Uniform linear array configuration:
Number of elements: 32
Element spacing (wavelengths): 0.75
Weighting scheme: uniform
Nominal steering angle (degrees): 45
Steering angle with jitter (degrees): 45.957
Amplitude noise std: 0.05
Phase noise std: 0.05

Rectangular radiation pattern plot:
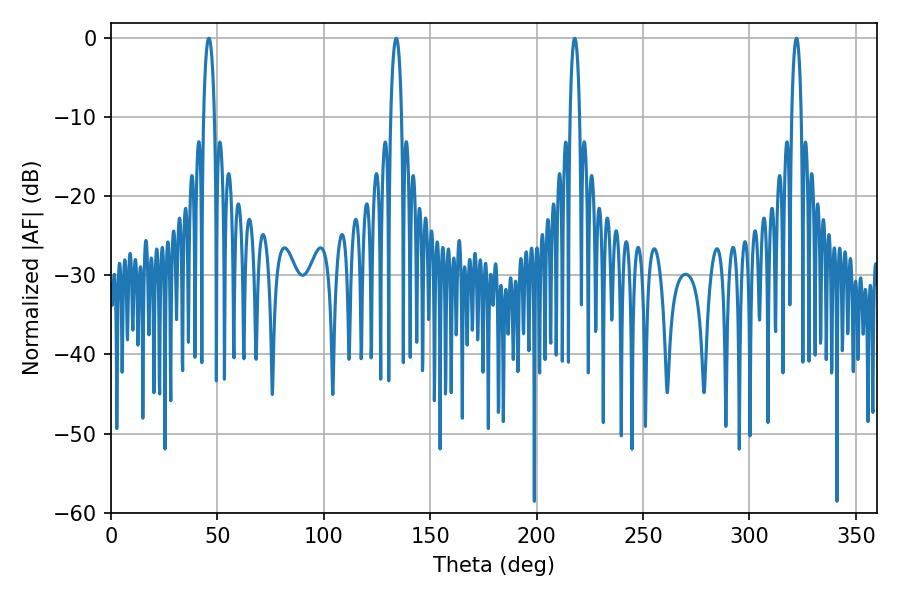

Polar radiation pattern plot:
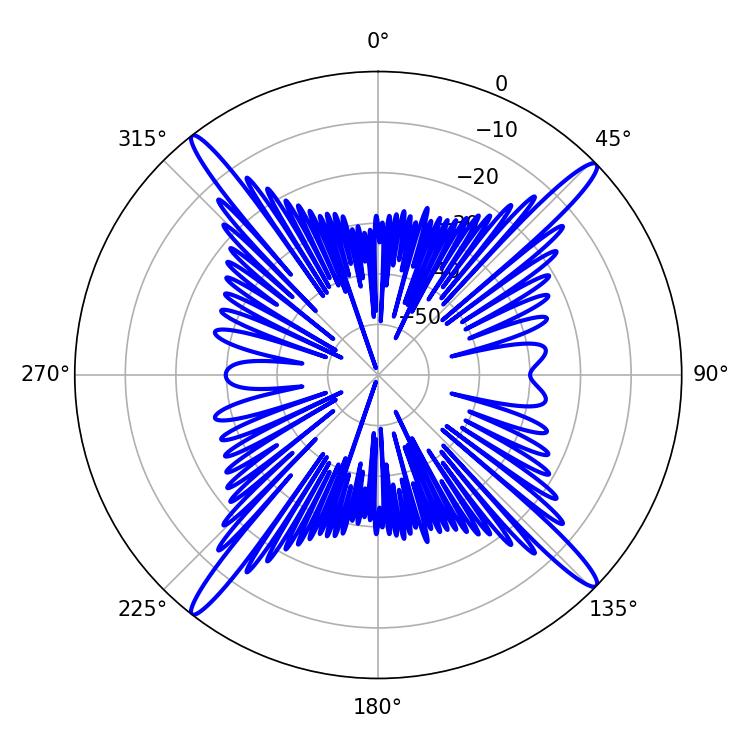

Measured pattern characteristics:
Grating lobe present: TRUE
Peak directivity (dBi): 19.696
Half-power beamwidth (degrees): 2.7
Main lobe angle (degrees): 45.9